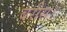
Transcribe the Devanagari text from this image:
बरीस।